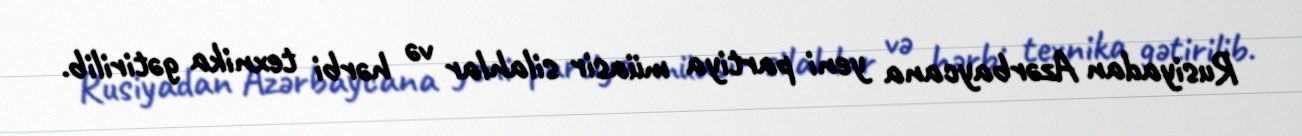
Rusiyadan Azərbaycana yeni partiya müasir silahlar və hərbi texnika gətirilib.